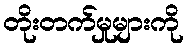
တိုးတက်မှုများကို